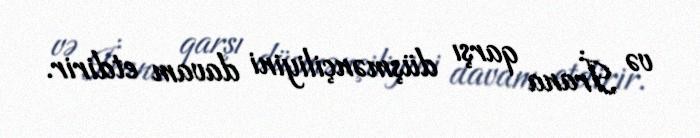
və İrana qarşı düşmənçiliyini davam etdirir.